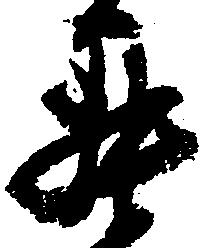
罷